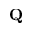
{ \bf Q }